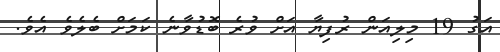
އަގު 19 މިލިއަން ރުފިޔާ އަށް ވުރެ ބޮޑުވާނެ ކަމަށް ބެލެވެ އެވެ.